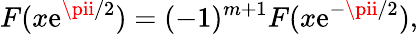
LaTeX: F(x\mathrm{e}^{\pii/2})=(-1)^{m+1}F(x\mathrm{e}^{-\pii/2}),